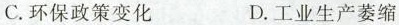
C. 环保政策变化 D. 工业生产萎缩